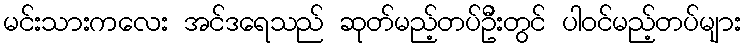
မင်းသားကလေး အင်ဒရေသည် ဆုတ်မည့်တပ်ဦးတွင် ပါဝင်မည့်တပ်များ